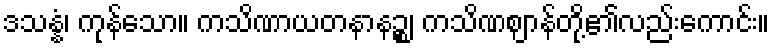
ဒသန္နံ၊ ကုန်သော။ ကသိဏာယတနာနဉ္စ၊ ကသိဏဈာန်တို့၏လည်းကောင်း။